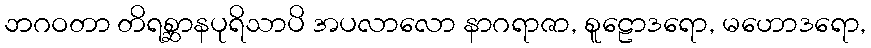
ဘဂဝတာ တိရစ္ဆာနပုရိသာပိ အပလာလော နာဂရာဇာ, စူဠောဒရော, မဟောဒရော,